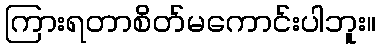
ကြားရတာစိတ်မကောင်းပါဘူး။